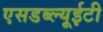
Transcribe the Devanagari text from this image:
एसडब्ल्यूईटी